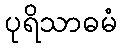
ပုရိသာဓမံ